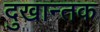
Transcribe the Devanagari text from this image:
दुखान्तक